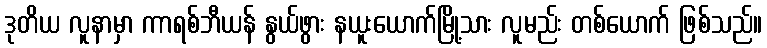
ဒုတိယ လူနာမှာ ကာရစ်ဘီယန် နွယ်ဖွား နယူးယောက်မြို့သား လူမည်း တစ်ယောက် ဖြစ်သည်။